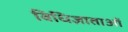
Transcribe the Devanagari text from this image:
विधिज्ञाताओं